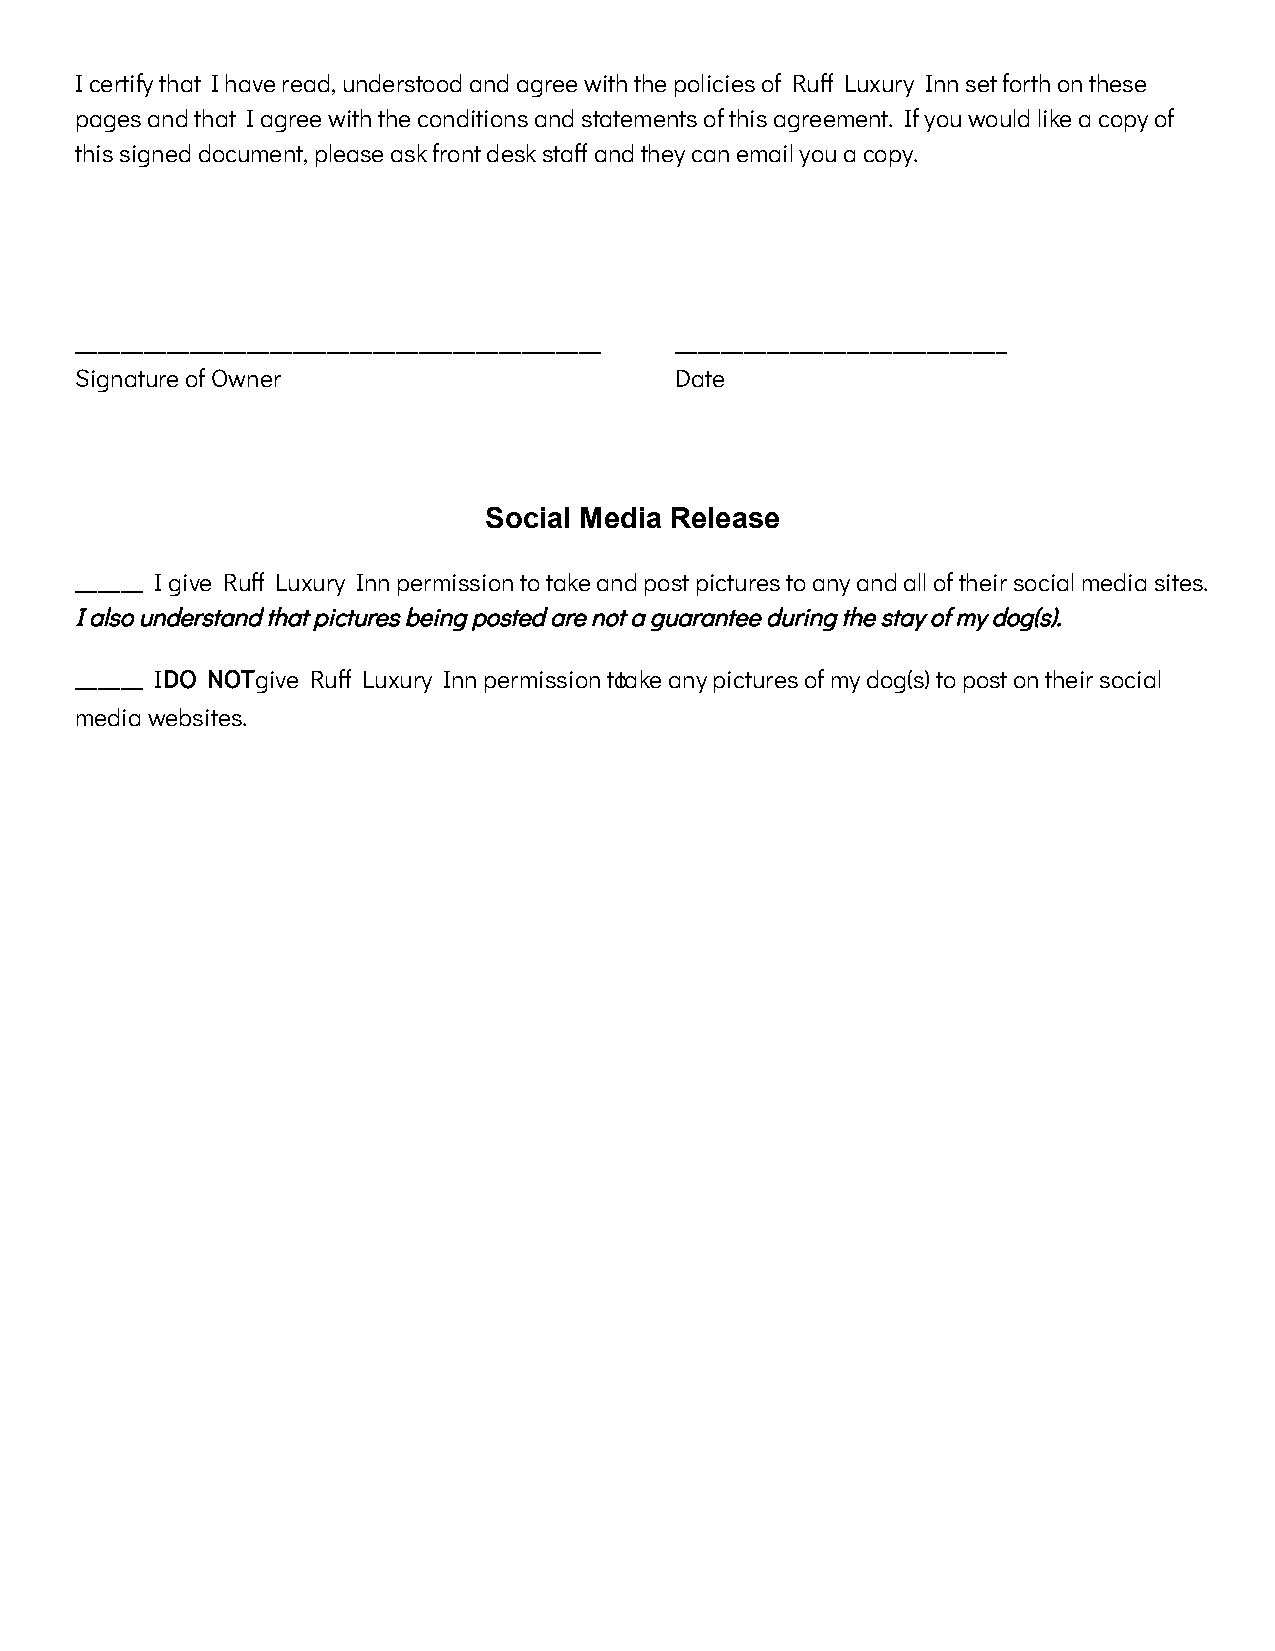
I certify that I have read, understood and agree with the policies of Ru Luxury Inn set forth on these
 pages and that I agree with the conditions and statements of this agreement. If you would like a copy of
 this signed document, please ask front desk sta and they can email you a copy.
 ______________________________________________ _____________________________
 Signature of Owner                      Date
 Social Media Release
 ______ I give Ru Luxury Inn permission to take and post pictures to any and all of their social media sites.
 I also understand that pictures being posted are not a guarantee during the stay of my dog(s).
 ______ IDO NOTgive Ru Luxury Inn permission totake any pictures of my dog(s) to post on their social
 media websites.